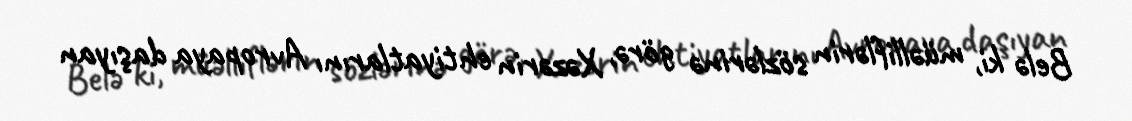
Belə ki, müəlliflərin sözlərinə görə, Xəzərin ehtiyatlarını Avropaya daşıyan